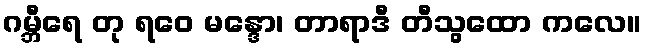
ဂမ္ဘီရေ တု ရဝေ မန္ဒော၊ တာရာဒီ တီသွထော ကလေ။